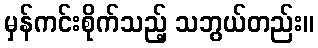
မှန်ကင်းစိုက်သည့် သဘွယ်တည်း။